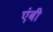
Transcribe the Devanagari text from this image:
एंबी